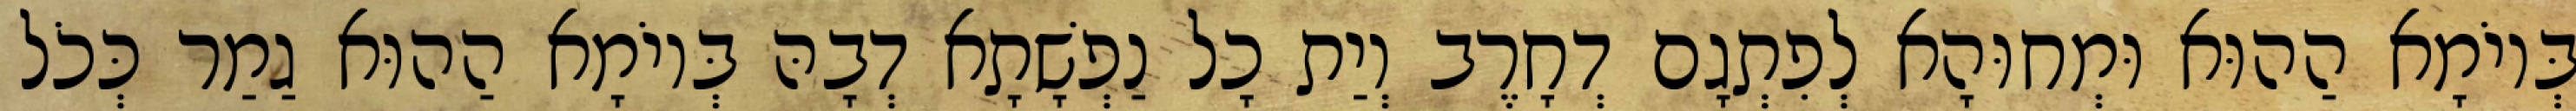
בְּיוֹמָא הַהוּא וּמְחוּהָא לְפִתְגָם דְחָרֶב וְיַת כָל נַפְשָׁתָא דְבָהּ בְּיוֹמָא הַהוּא גַמַר כְּכֹל